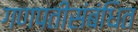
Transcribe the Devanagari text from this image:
गणपतीसंबंधित